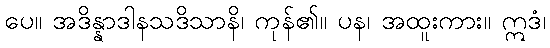
ပေ။ အဒိန္နာဒါနသဒိသာနိ၊ ကုန်၏။ ပန၊ အထူးကား။ ဣဒံ၊